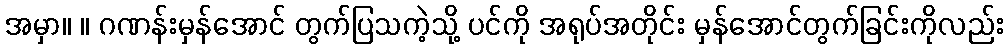
အမှာ။ ။ ဂဏန်းမှန်အောင် တွက်ပြသကဲ့သို့ ပင်ကို အရုပ်အတိုင်း မှန်အောင်တွက်ခြင်းကိုလည်း